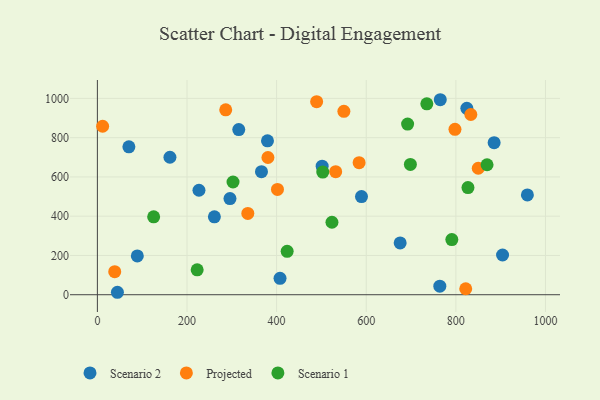
{"axis": {"x": "Price", "y": "Sales"}, "legend": ["Projected", "Scenario 1", "Scenario 2"], "data": [{"x": "44.7", "y": 12.5, "type": "Scenario 2"}, {"x": "226.7", "y": 532.1, "type": "Scenario 2"}, {"x": "70.3", "y": 753.2, "type": "Scenario 2"}, {"x": "295.9", "y": 489.8, "type": "Scenario 2"}, {"x": "261.1", "y": 396.7, "type": "Scenario 2"}, {"x": "89.1", "y": 197.9, "type": "Scenario 2"}, {"x": "366.2", "y": 626.7, "type": "Scenario 2"}, {"x": "161.9", "y": 700.3, "type": "Scenario 2"}, {"x": "407.6", "y": 83.8, "type": "Scenario 2"}, {"x": "764.2", "y": 43.7, "type": "Scenario 2"}, {"x": "959.6", "y": 508.3, "type": "Scenario 2"}, {"x": "589.4", "y": 500.2, "type": "Scenario 2"}, {"x": "885.4", "y": 774.5, "type": "Scenario 2"}, {"x": "675.7", "y": 264.0, "type": "Scenario 2"}, {"x": "824.5", "y": 949.4, "type": "Scenario 2"}, {"x": "501.6", "y": 654.7, "type": "Scenario 2"}, {"x": "904.2", "y": 202.4, "type": "Scenario 2"}, {"x": "315.5", "y": 841.4, "type": "Scenario 2"}, {"x": "765.2", "y": 993.3, "type": "Scenario 2"}, {"x": "379.6", "y": 784.0, "type": "Scenario 2"}, {"x": "822.0", "y": 30.4, "type": "Projected"}, {"x": "335.7", "y": 414.0, "type": "Projected"}, {"x": "550.1", "y": 934.2, "type": "Projected"}, {"x": "833.4", "y": 918.0, "type": "Projected"}, {"x": "401.9", "y": 536.6, "type": "Projected"}, {"x": "798.0", "y": 842.4, "type": "Projected"}, {"x": "380.6", "y": 699.0, "type": "Projected"}, {"x": "38.7", "y": 117.5, "type": "Projected"}, {"x": "286.4", "y": 941.9, "type": "Projected"}, {"x": "584.1", "y": 672.5, "type": "Projected"}, {"x": "489.3", "y": 983.4, "type": "Projected"}, {"x": "531.8", "y": 626.7, "type": "Projected"}, {"x": "850.0", "y": 644.2, "type": "Projected"}, {"x": "11.7", "y": 858.2, "type": "Projected"}, {"x": "222.7", "y": 126.6, "type": "Scenario 1"}, {"x": "735.2", "y": 972.6, "type": "Scenario 1"}, {"x": "692.3", "y": 869.3, "type": "Scenario 1"}, {"x": "791.0", "y": 280.7, "type": "Scenario 1"}, {"x": "503.0", "y": 624.6, "type": "Scenario 1"}, {"x": "523.5", "y": 369.2, "type": "Scenario 1"}, {"x": "698.5", "y": 663.9, "type": "Scenario 1"}, {"x": "302.7", "y": 574.3, "type": "Scenario 1"}, {"x": "423.5", "y": 221.3, "type": "Scenario 1"}, {"x": "125.6", "y": 396.6, "type": "Scenario 1"}, {"x": "827.0", "y": 545.6, "type": "Scenario 1"}, {"x": "869.6", "y": 662.1, "type": "Scenario 1"}]}